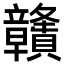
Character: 𥫔